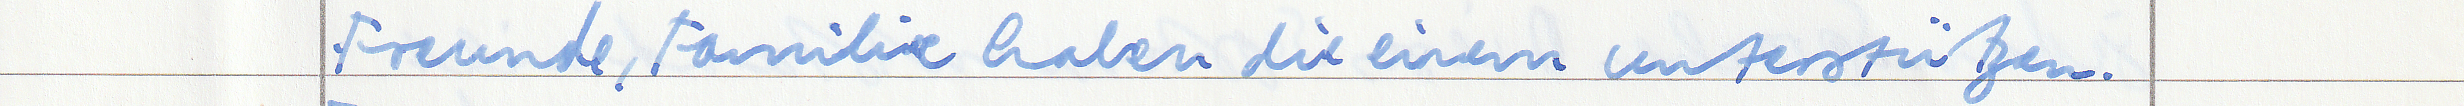
Freunde, Familie haben die einem unterstützen.